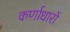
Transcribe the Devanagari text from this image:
कर्णाधारों